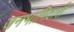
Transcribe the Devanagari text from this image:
जनभागिदारी